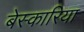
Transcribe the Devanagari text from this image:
बेस्कारिया